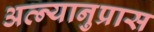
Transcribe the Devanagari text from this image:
अत्न्यानुप्रास